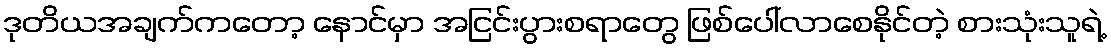
ဒုတိယအချက်ကတော့ နောင်မှာ အငြင်းပွားစရာတွေ ဖြစ်ပေါ်လာစေနိုင်တဲ့ စားသုံးသူရဲ့